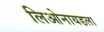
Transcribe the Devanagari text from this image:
लिओनायडला